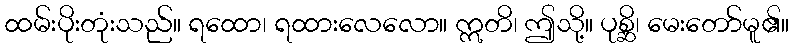
ထမ်းပိုးတုံးသည်။ ရထော၊ ရထားလေလော။ ဣတိ၊ ဤသို့။ ပုစ္ဆိ၊ မေးတော်မူ၏။